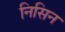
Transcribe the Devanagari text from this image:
निसिन